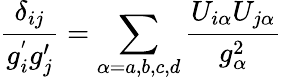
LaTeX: \frac{\delta_{ij}}{g_{i}^{'}g_{j}^{\prime}}=\sum_{\alpha=a,b,c,d}\frac{U_{i\alpha}U_{j\alpha}}{g_{\alpha}^{2}}